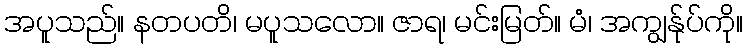
အပူသည်။ နတပတိ၊ မပူသလော။ ဇာရ၊ မင်းမြတ်။ မံ၊ အကျွန်ုပ်ကို။